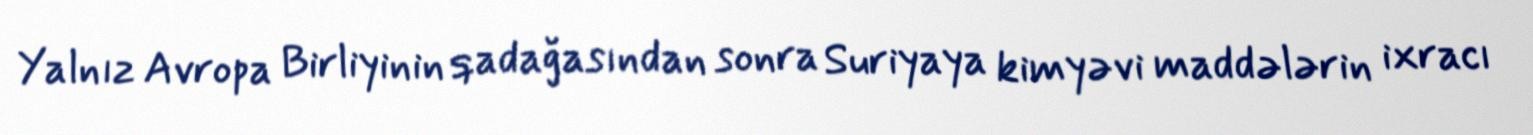
Yalnız Avropa Birliyinin qadağasından sonra Suriyaya kimyəvi maddələrin ixracı